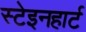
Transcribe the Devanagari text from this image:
स्टेइनहार्ट